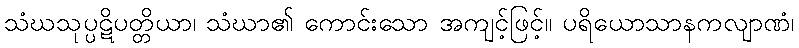
သံဃသုပ္ပဋိပတ္တိယာ၊ သံဃာ၏ ကောင်းသော အကျင့်ဖြင့်။ ပရိယောသာနကလျာဏံ၊